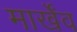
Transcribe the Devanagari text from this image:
मार्खेंव